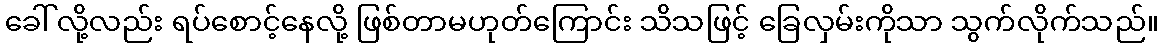
ခေါ်လို့လည်း ရပ်စောင့်နေလို့ ဖြစ်တာမဟုတ်ကြောင်း သိသဖြင့် ခြေလှမ်းကိုသာ သွက်လိုက်သည်။